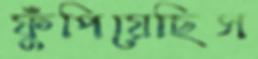
ফুঁপিয়েছিস